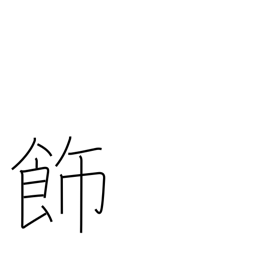
Meaning: adorn